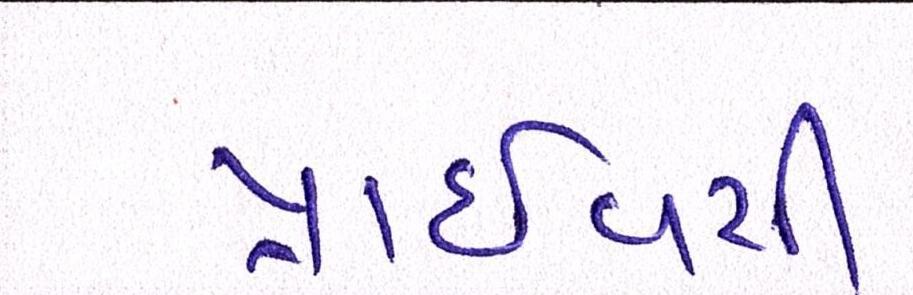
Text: પ્રાઈવસી